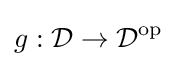
g:{\mathcal {D}}\rightarrow {\mathcal {D}}^{\operatorname {op} }